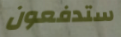
ستدفعون